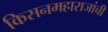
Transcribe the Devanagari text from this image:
किसनमहाराजांची